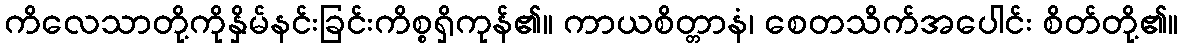
ကိလေသာတို့ကိုနှိမ်နင်းခြင်းကိစ္စရှိကုန်၏။ ကာယစိတ္တာနံ၊ စေတသိက်အပေါင်း စိတ်တို့၏။